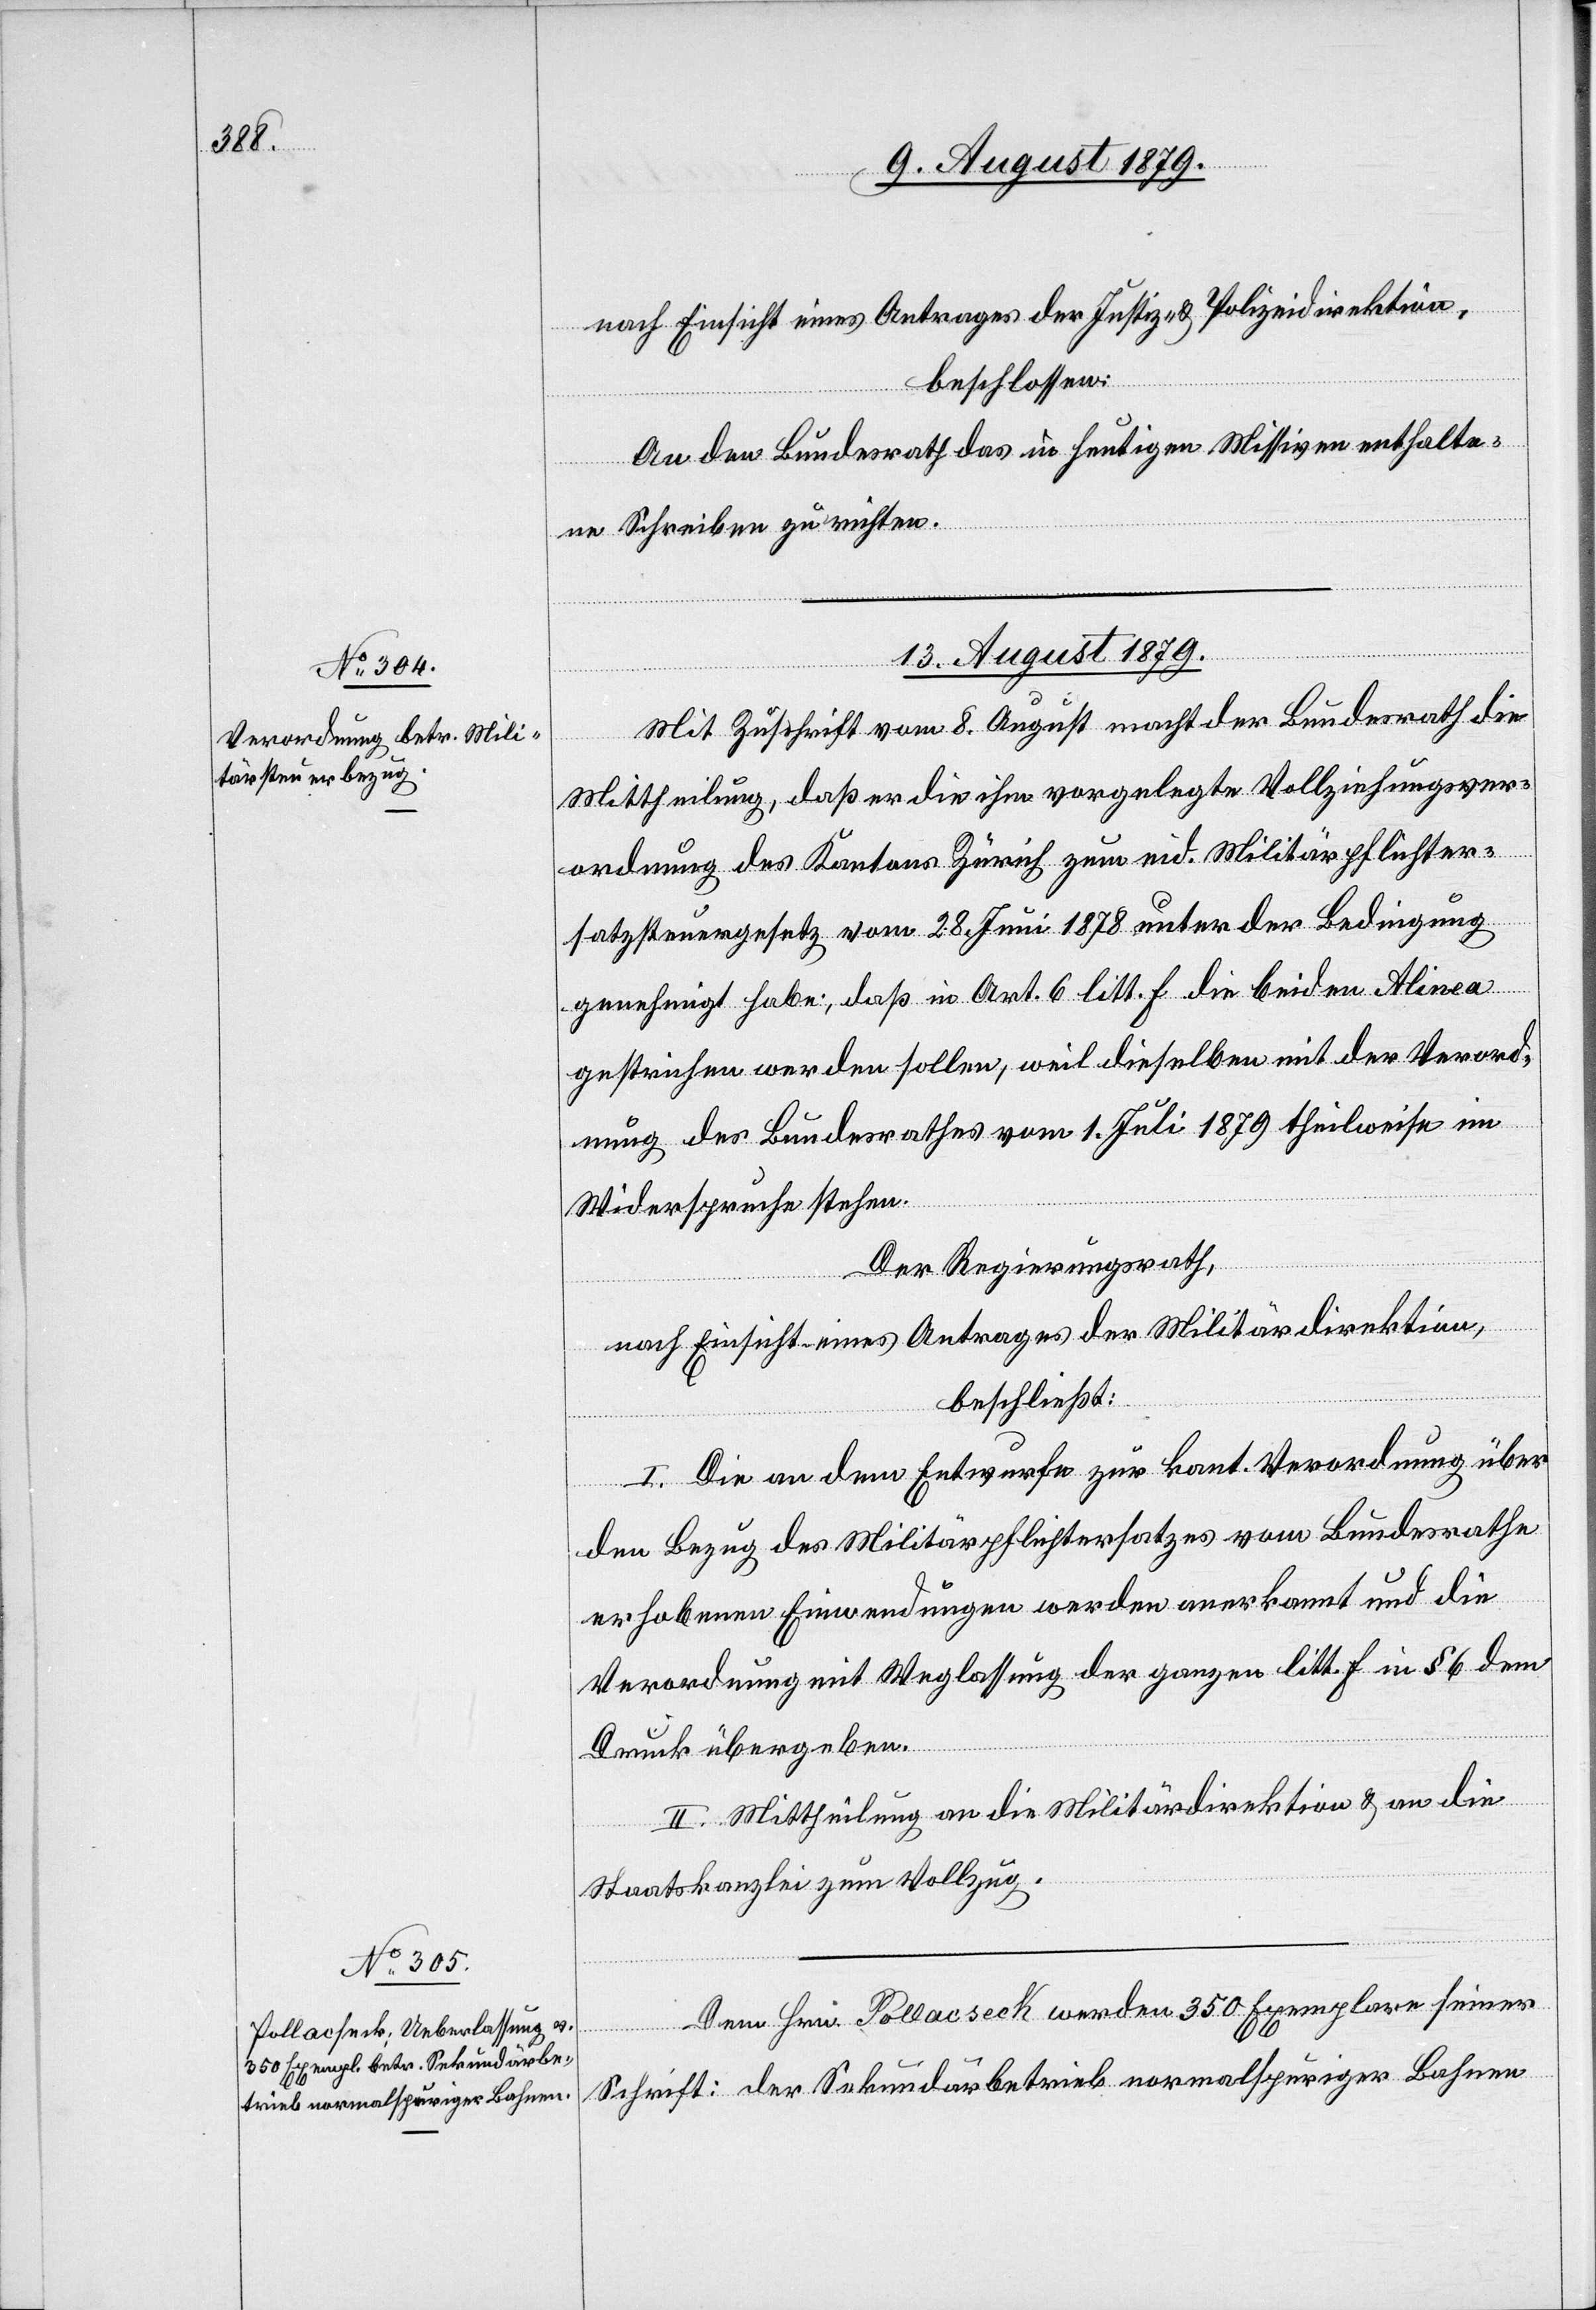
nach Einsicht eines Antrages der Justiz- & Polizeidirektion,
beschlossen:
An den Bundesrath das in heutigen Missiven enthalte¬
ne Schreiben zu richten.
13. August 1879.]
Mit Zuschrift vom 8. August macht der Bundesrath die
Mittheilung, daß er die ihm vorgelegte Vollziehungsver¬
ordnung des Kantons Zürich zum eid. Militärpflichter¬
satzsteuergesetz vom 28. Juni 1878 unter der Bedingung
genehmigt habe, das in Art. 6 litt. f die beiden Alinea
gestrichen werden sollen, weil dieselben mit der Verord¬
nung des Bundesrathes vom 1. Juli 1879 theilweise im
Widerspruche stehen.
Der Regierungsrath,
nach Einsicht eines Antrages der Militärdirektion,
beschließt:
I. Die an dem Entwurfe zur kant. Verordnung über
den Bezug des Militärpflichtersatzes vom Bundesrathe
erhobenen Einwendungen werden anerkannt und die
Verordnung mit Weglassung der ganzen litt. f in § 6 dem
Druck übergeben.
II. Mittheilung an die Militärdirektion & an die
Staatskanzlei zum Vollzug.
Dem Hrn. Pollacsek werden 350 Exemplare seiner
Schrift: Der Sekundarbetrieb normalspuriger Bahnen